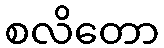
စလိတော